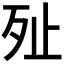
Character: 𣧐